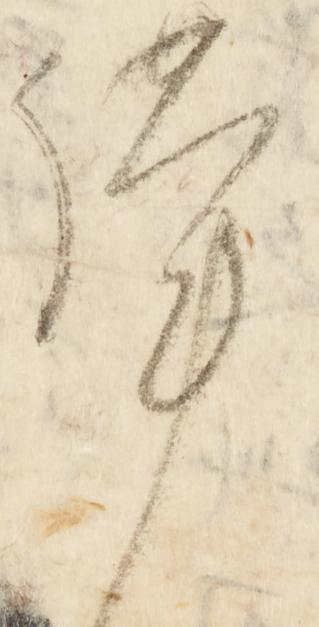
謹